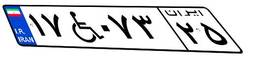
۱۷W۰۷۳۲۵